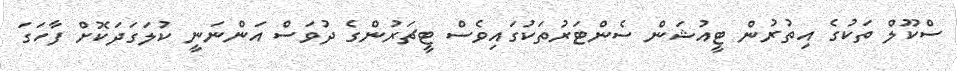
ސްކޫލް ތަކުގެ އިތުރުން ޓީއުޝަން ސެންޓަރުތަކުގައިވެސް ޓީޗަރުންގެ ދުވަސް އަންނަނީ ކުލަގަދަކޮށް ފާހަގަ